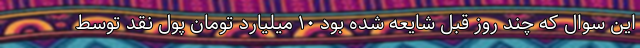
این سوال که چند روز قبل شایعه شده بود ۱۰ میلیارد تومان پول نقد توسط